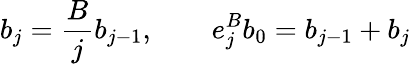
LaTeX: b_{j}=\frac{B}{j}b_{j-1},\qquad e_{j}^{B}b_{0}=b_{j-1}+b_{j}